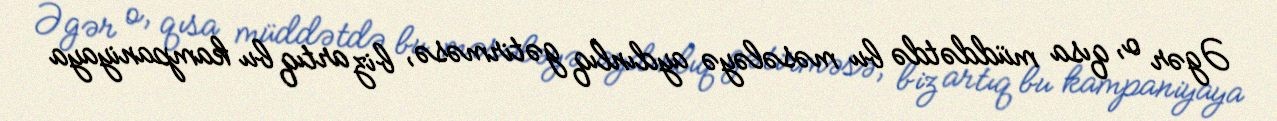
Əgər o, qısa müddətdə bu məsələyə aydınlıq gətirməsə, biz artıq bu kampaniyaya